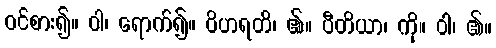
ဝင်စား၍။ ဝါ၊ ရောက်၍။ ဝိဟရတိ၊ ၏။ ပီတိယာ၊ ကို။ ဝါ၊ ၏။